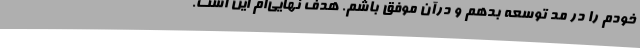
خودم را در مُد توسعه بدهم و درآن موفق باشم. هدف نهایی‌ام این است.